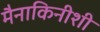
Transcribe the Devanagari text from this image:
मैनाकिनीशी